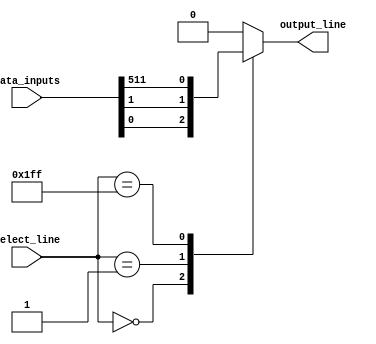
module multiplexer_512_1(
    input [511:0] data_inputs,
    input [8:0] select_line,
    output reg output_line
);

always @* begin
    case(select_line)
        9'b000000000: output_line = data_inputs[0];
        9'b000000001: output_line = data_inputs[1];
        // Repeat for all 512 data input lines
        9'b111111111: output_line = data_inputs[511];
        default: output_line = 0; // Default value in case select line does not match any input
    endcase
end

endmodule